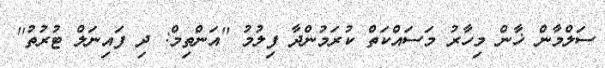
ސަލްމާން ޚާން މިހާރު މަސައްކަތް ކުރަމުންދާ ފިލުމު ''އަންތިމް: ދި ފައިނަލް ޓުރުތު''